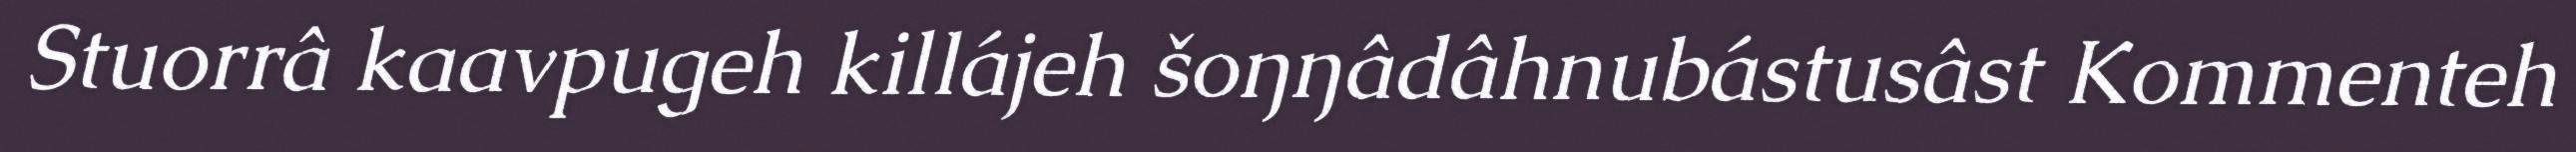
Stuorrâ kaavpugeh killájeh šoŋŋâdâhnubástusâst Kommenteh